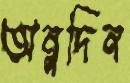
অনুদিন